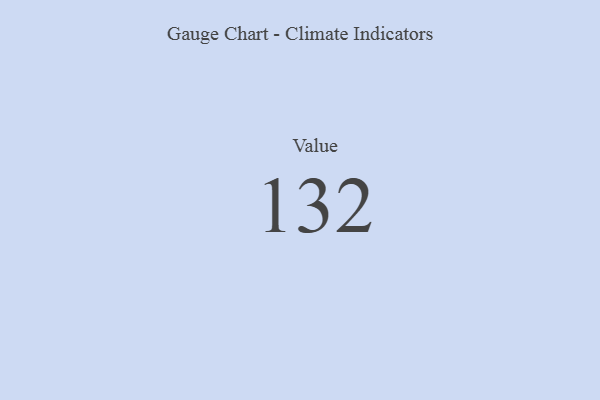
{"axis": {"x": "Metric", "y": "Value"}, "legend": [""], "data": [{"x": "Value", "y": 132, "type": ""}]}